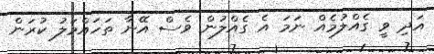
އަދި ވީ ގެއްލުމެއް ނަމަ އެ ގެއްލުން ވެސް އޭނާ ތަހައްމަލު ކުރަން